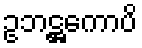
ဥဘဋ္ဌကောပိ